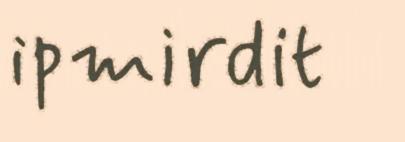
ipmirdit